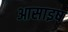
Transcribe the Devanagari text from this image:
आसाइष